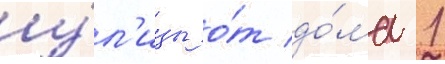
у́л'ицы о́т до́ма 1